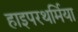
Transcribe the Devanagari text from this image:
हाइपरथर्मिया